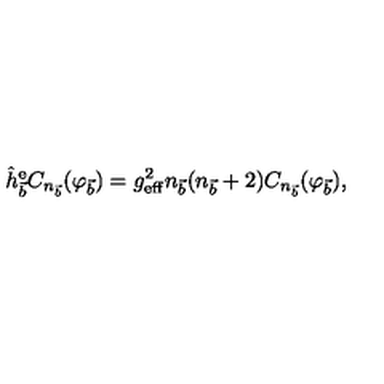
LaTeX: \hat { h } _ { \vec { b } } ^ { \mathrm { e } } C _ { n _ { \vec { b } } } ( \varphi _ { \vec { b } } ) = g _ { \mathrm { e f f } } ^ { 2 } n _ { \vec { b } } ( n _ { \vec { b } } + 2 ) C _ { n _ { \vec { b } } } ( \varphi _ { \vec { b } } ) ,